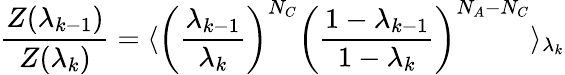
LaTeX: \frac{Z(\lambda_{k-1})}{Z(\lambda_{k})}=\langle\left(\frac{\lambda_{k-1}}{\lambda_{k}}\right)^{N_{C}}\left(\frac{1-\lambda_{k-1}}{1-\lambda_{k}}\right)^{N_{A}-N_{C}}\rangle_{\lambda_{k}}